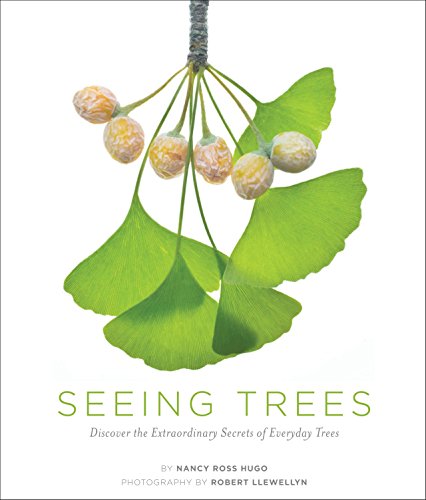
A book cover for Seeing Trees: Discover the Extraordinary Secrets of Everyday Trees; Nancy R. Hugo; Science & Math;